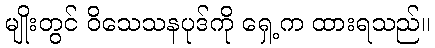
မျိုးတွင် ဝိသေသနပုဒ်ကို ရှေ့က ထားရသည်။